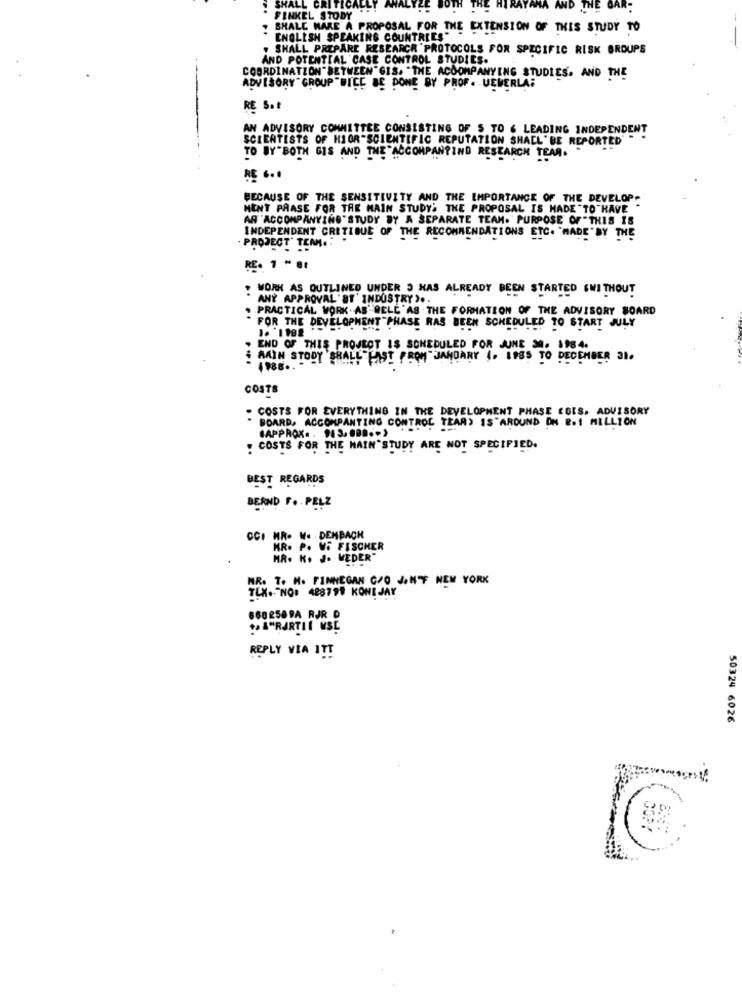
SHALL CRITIC
WD THE
FINKEL STODY
+ BHALE MAKE A PROPOSAL FOR THE EXTENSION OF THIS STUDY TO
ENGLISH SPEAKING COUNTRIES"
. SHALL PREPARE RESEARCH PROTOCOLS FOR SPECIFIC RISK GROUPS
AND POTENTIAL CASE CONTROL STUDIES.
COORDINATION" BETWEEN" GIS. "THE ACCOMPANYING STUDIES. AND THE
ADVISORY GROUP"WICE BE DONE BY PROF. UEBERLA:
RE S.t
AN ADVISORY COMMITTEE CONSISTING OF S TO & LEADING INDEPENDENT
SCIENTISTS OF HIGR"SCIENTIFIC REPUTATION SHALL " BE REPORTED' "
TO BY"BOTH GIS AND THE"ACCOMPANTIND RESEARCH TEAM. "
RE ...
BECAUSE OF THE SENSITIVITY AND THE IMPORTANCE OF THE DEVELOP
MENT PAASE FOR THE MAIN STUDY: THE PROPOSAL IS MADE "TO "HAVE"
AN ACCOMPANYING"STUDY BY A SEPARATE TEAM. PURPOSE OF"THIS IS
INDEPENDENT CRITIQUE OF THE RECOMMENDATIONS ETC. "MADE" BY THE
PROJECT" TEAM ..
RE. 7 - 81
. WORK AS OUTLINED UNDER 3 HAS ALREADY BEEN STARTED GWITHOUT
ANY APPROVAL' ST INDUSTRY > ..
. PRACTICAL WORK AS WELL AS THE FORMATION OF THE ADVISORY BOARD
REDULED TO START JULY
FOR THE DEVELOPMENT "PHASE RAS BEEN SCHEDUL
END OF THIS PROJECT IS SCHEDULED FOR JUNE 30. 1984.
AAIN STODY 'SHALL"
ALL FAST PROM JANDARY 1. 1985 TO DECEMBER 31.
COSTS
. COSTS FOR EVERYTHING IN THE DEVELOPMENT PHASE COIS. ADVISORY
BOARD, ACCOMPANTING CONTROL TEAR) IS"AROUND ON &.1 MILLION
JAPPROX. . 943.08 ... )
! COSTS FOR THE MAIN"STUDY ARE NOT SPECIFIED.
BEST REGARDS
BERND F. . PELZ
CCI MR. W. DENBACH
MR. P. W. FISCHER
. K. J. WEDER"
NR. T. H. FINNEGAN C/O JANF NEW YORK
TLX. NO: 42879# KONIJAY
868 2589A RJR D
Å"RARTIL WSC
REPLY VIA !!!
50324 6026